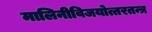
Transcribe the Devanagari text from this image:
मालिनीविजयोत्तरतन्त्र